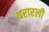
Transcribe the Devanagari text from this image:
थरारली